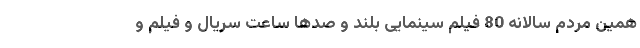
همین مردم سالانه 80 فیلم سینمایی بلند و صد‌ها ساعت سریال و فیلم و